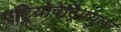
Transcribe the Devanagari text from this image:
एट्रियोवेंट्रिक्युलर